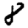
Digit: 8